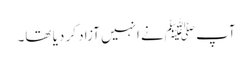
آپ ﷺنے انہیں آزاد کر دیا تھا۔